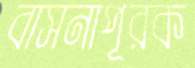
বাসনাপূরক